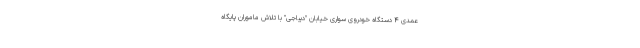
عمدی ۴ دستگاه خودروی سواری خیابان "دیباجی" با تلاش ماموران پایگاه